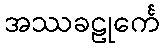
အဿခဠုင်္ကေ